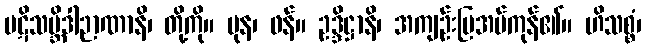
ပဋိသမ္ဘိဒါဉာဏာနိ၊ တို့ကို။ ပုန၊ ဖန်။ ဥဒ္ဒိဋ္ဌာနိ၊ အကျဉ်းပြအပ်ကုန်၏။ ဟိသစ္စံ၊